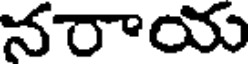
నరాయ